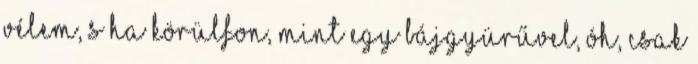
vélem, S ha körülfon, mint egy bájgyürűvel, Óh, csak